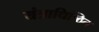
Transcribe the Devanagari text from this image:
यंत्राधिष्ठित